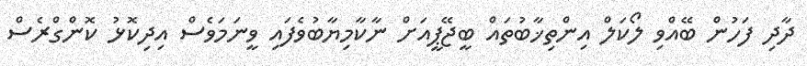
ދާދި ފަހުން ބޭއްވި ލޯކަލް އިންތިޚާބުތައް ބީޖޭޕީއަށް ނާކާމިޔާބުވެފައި ވީނަމަވެސް އިދިކޮޅު ކޮންގްރެސް